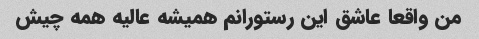
من واقعا عاشق این رستورانم همیشه عالیه همه چیش